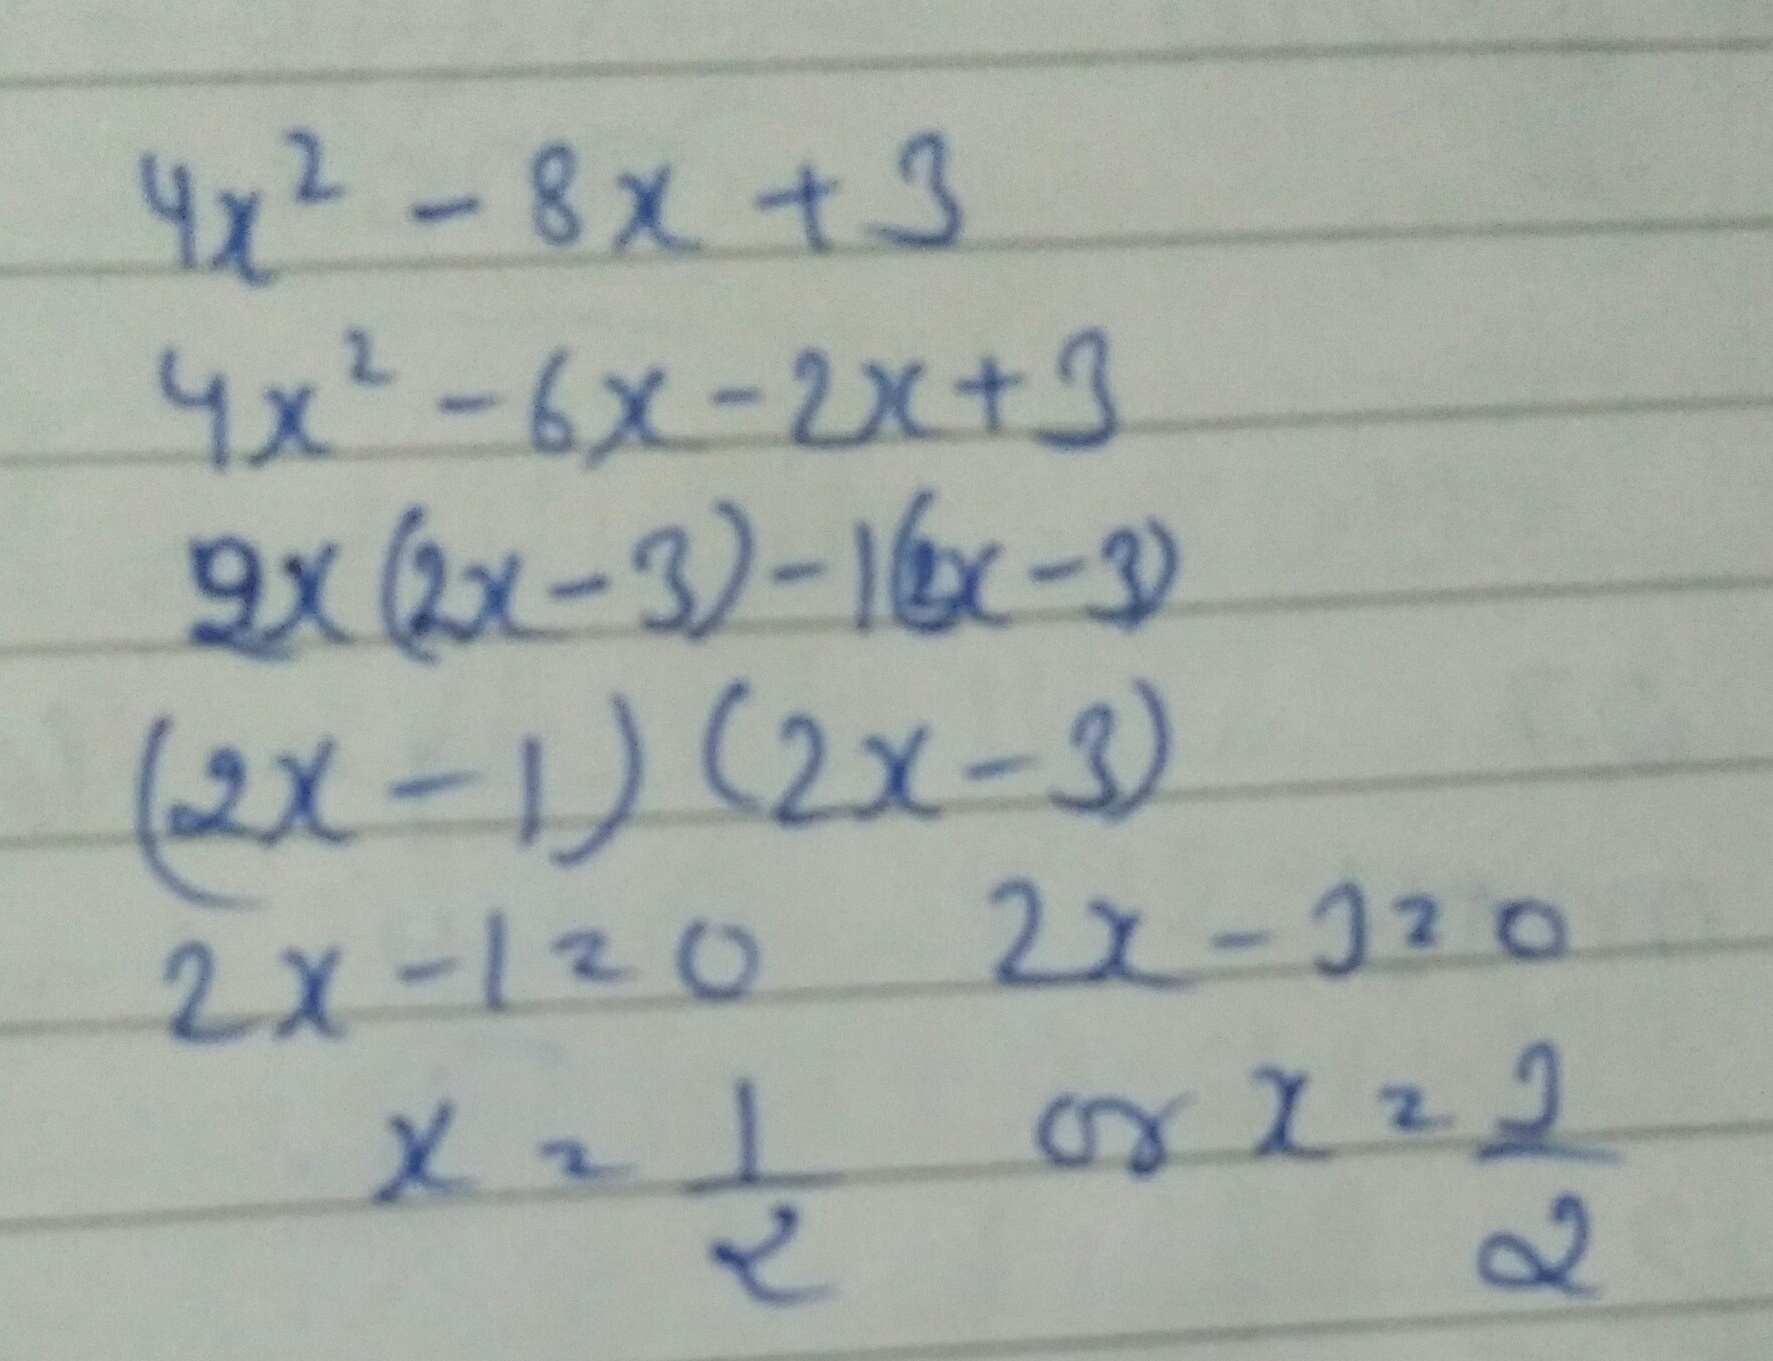
\[
\begin{align*}
&4x^{2}-8x + 3\\
&4x^{2}-6x-2x + 3\\
&2x(2x - 3)-(2x - 3)\\
&(2x - 1)(2x - 3)\\
\end{align*}
\]
令\(2x - 1 = 0\)，\(2x - 3 = 0\)，解得\(x=\frac{1}{2}\)或\(x=\frac{3}{2}\)。